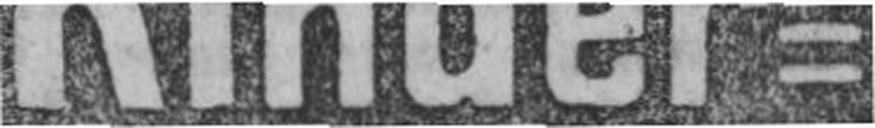
Kinder¬